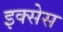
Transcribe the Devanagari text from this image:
इक्सेस